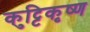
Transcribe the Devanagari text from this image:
कुट्टिकृष्ण